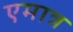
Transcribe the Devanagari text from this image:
एमात्र